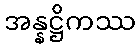
အန္နဋ္ဌိကဿ